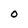
Character: 0